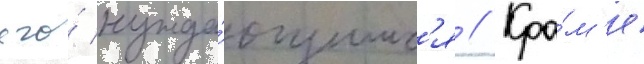
его́ нужда́ющимс'я // Кро́м'е